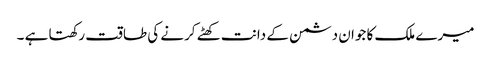
میرے ملک کا جوان دشمن کے دانت کھٹے کرنے کی طاقت رکھتا ہے ۔